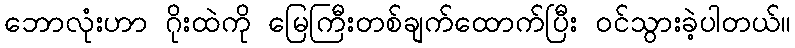
ဘောလုံးဟာ ဂိုးထဲကို မြေကြီးတစ်ချက်ထောက်ပြီး ဝင်သွားခဲ့ပါတယ်။